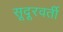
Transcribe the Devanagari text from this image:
सूदूरवर्ती